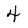
Character: 4